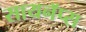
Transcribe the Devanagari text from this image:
सायनॅप्स